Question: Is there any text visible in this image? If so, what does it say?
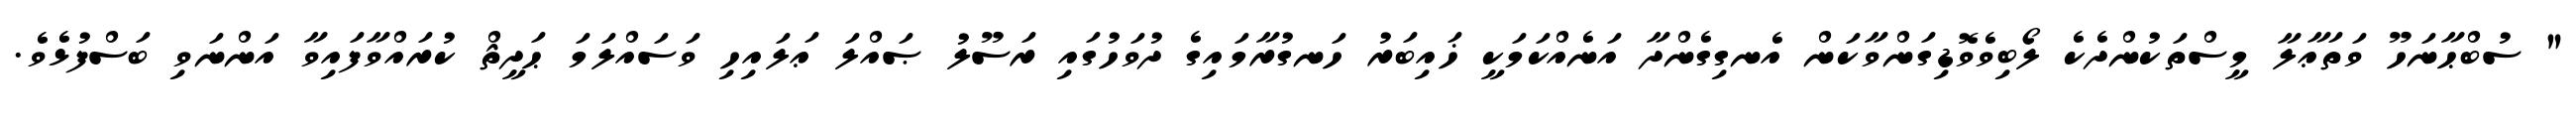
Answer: " ސުބްޙާނަހޫ ވަތަޢާލާ މީސްތަކުންދެކެ ލޯބިވެވޮޑިގަންވާކަން އެނގިގެންދާ އަނެއްކަމަކީ ޚައިބަރު ހަނގުރާމައިގެ ދުވަހުގައި ރަސޫލު ޞައްލަ ޢަލައިހި ވަސައްލަމަ ޙަދީޘް ކުރައްވާފައިވާ އަންނަވި ބަސްފުޅެވެ.